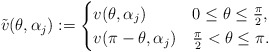
\begin{align*}\tilde{v}(\theta,\alpha_j):=\begin{cases}v(\theta,\alpha_j) & 0\le\theta\le\frac{\pi}{2},\\v(\pi-\theta,\alpha_j) & \frac{\pi}{2}<\theta\le\pi.\end{cases}\end{align*}